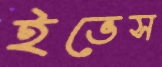
ইভেস